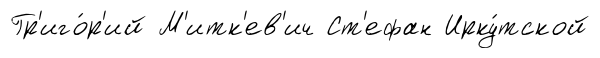
Гр'иго́р'ий М'итк'ев'ич Ст'ефан Ирку́тской